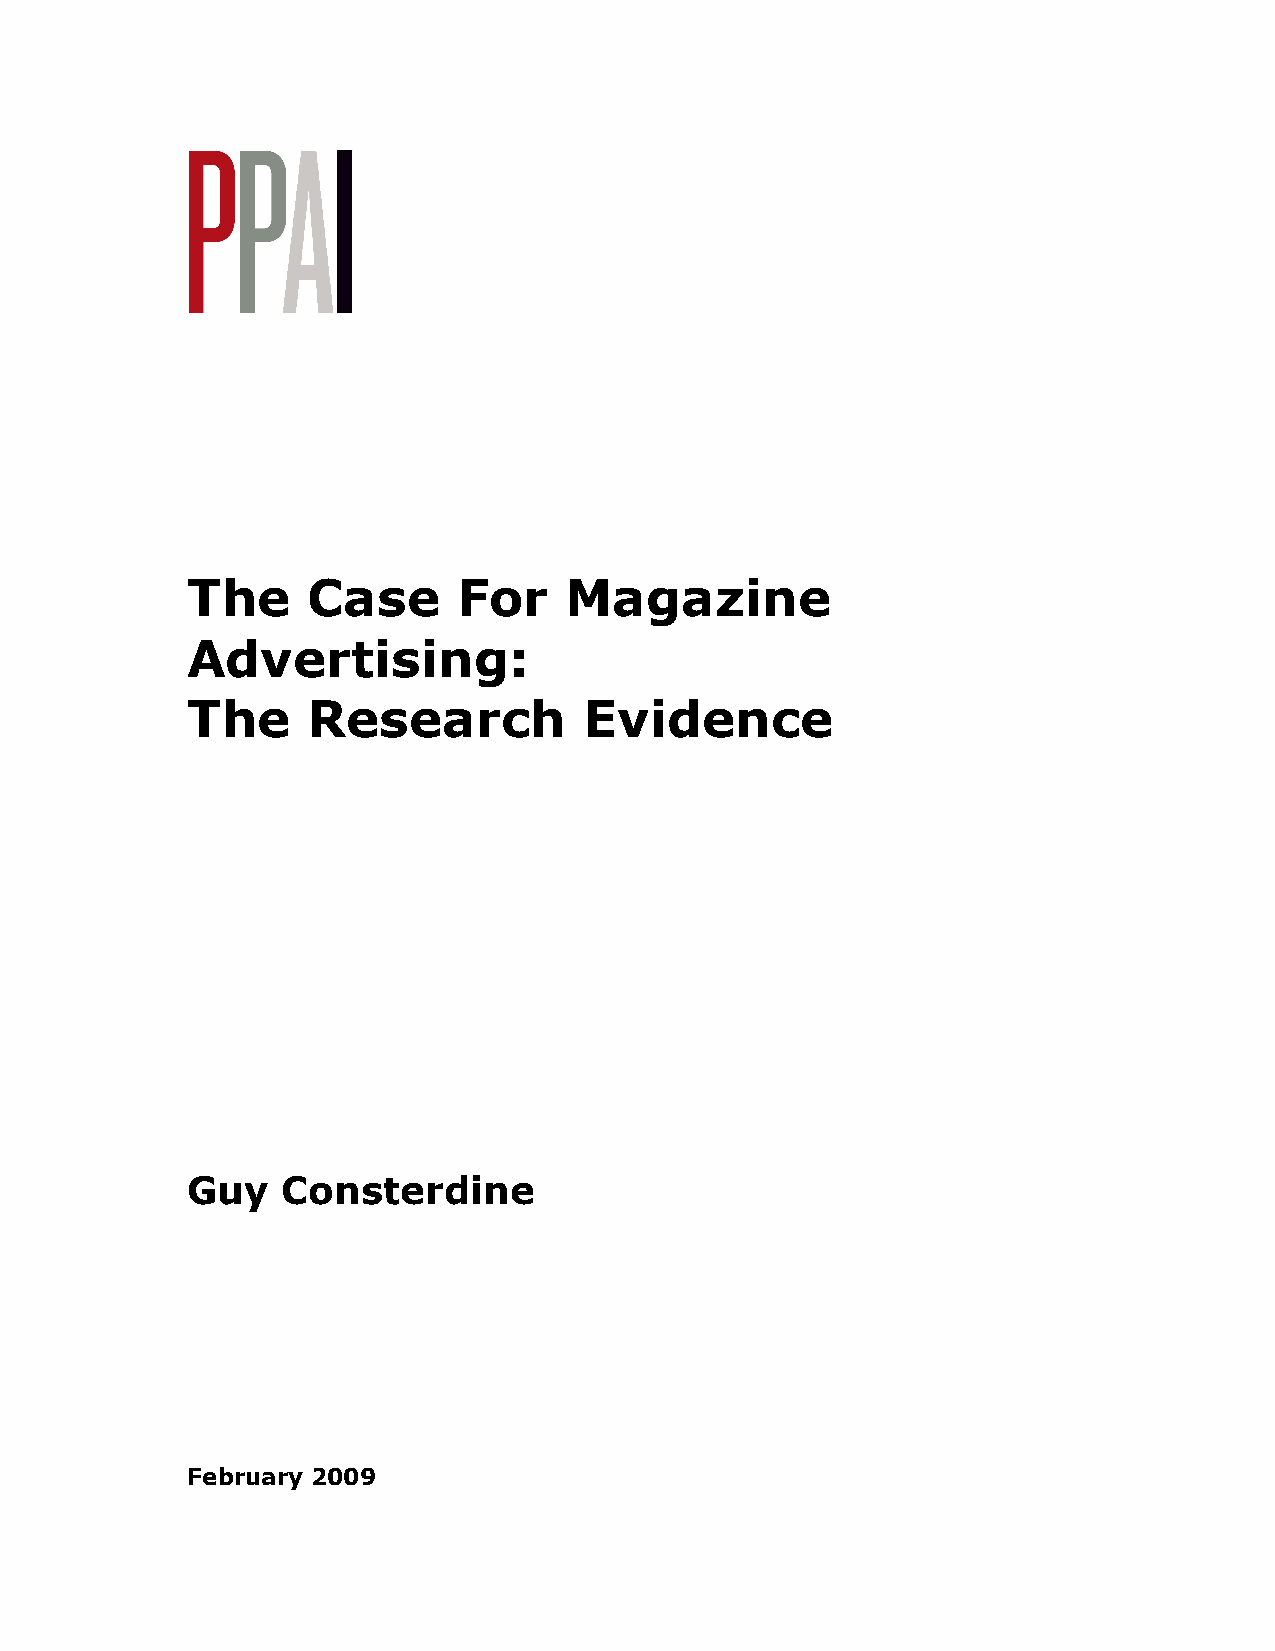
The     Case      For    Magazine
 Advertising:
 The     Research           Evidence
 Guy    Consterdine
 February 2009